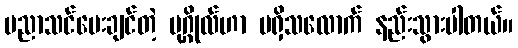
ပညာသင်ပေးချင်တဲ့ ပုဂ္ဂိုလ်ဟာ မရှိသလောက် နည်းသွားပါတယ်။